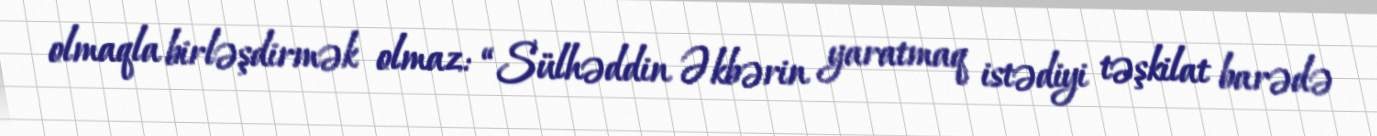
olmaqla birləşdirmək olmaz: “Sülhəddin Əkbərin yaratmaq istədiyi təşkilat barədə